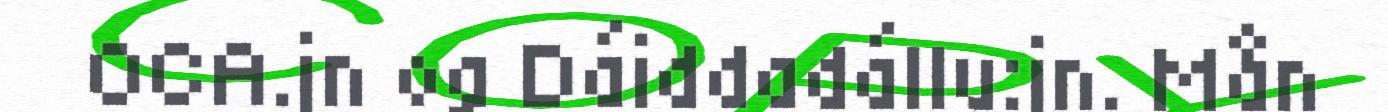
OCA.jn og Dáiddadállu:jn. Mån